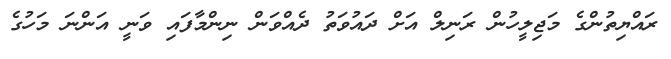
ރައްޔިތުންގެ މަޖިލީހުން ރަނިލް އަށް ދައުވަތު ދެއްވަން ނިންމާފައި ވަނީ އަންނަ މަހުގެ